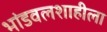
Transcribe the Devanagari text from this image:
भांडवलशाहीला